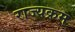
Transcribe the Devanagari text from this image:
राज्यक्रम